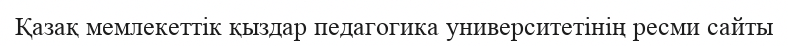
Қазақ мемлекеттік қыздар педагогика университетінің ресми сайты